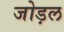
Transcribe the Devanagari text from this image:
जोड़ल